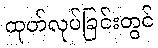
ထုတ်လုပ်ခြင်းတွင်